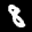
Label: 8